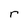
Character: r